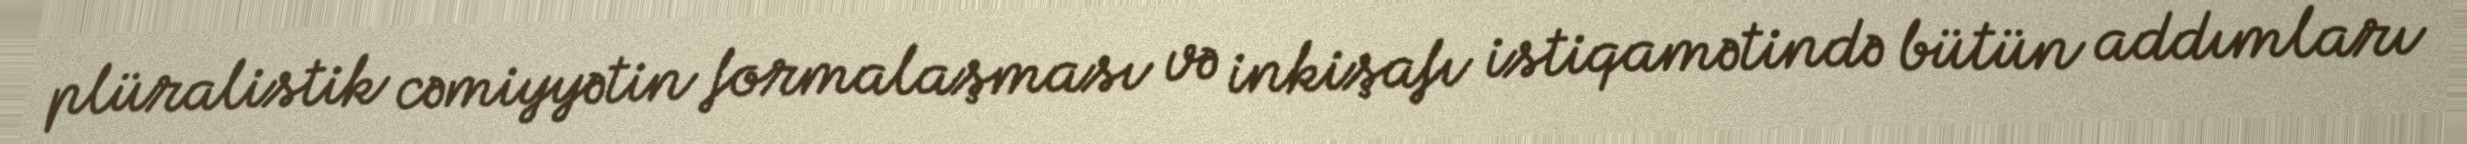
plüralistik cəmiyyətin formalaşması və inkişafı istiqamətində bütün addımları